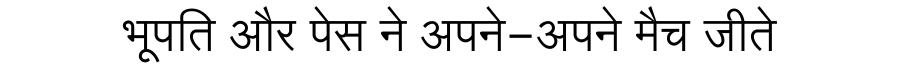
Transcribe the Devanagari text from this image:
भूपति और पेस ने अपने-अपने मैच जीते